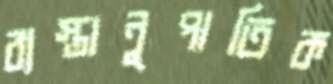
ব্যস্তানুপাতিক